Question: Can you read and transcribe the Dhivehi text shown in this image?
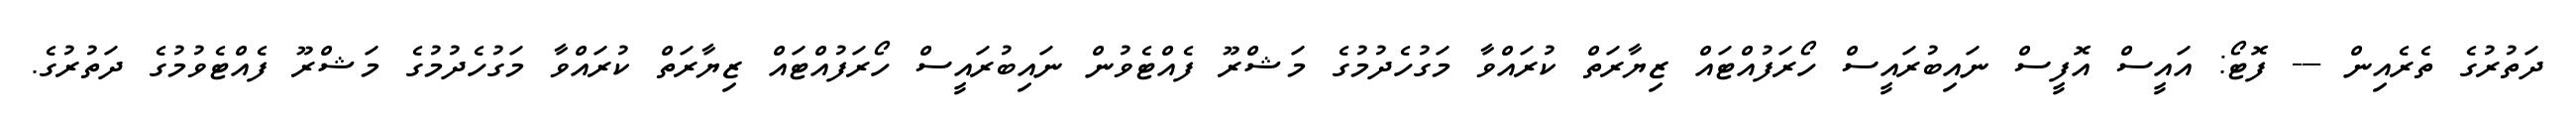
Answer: ދަތުރުގެ ތެރެއިން --- ފޮޓޯ: އައީސް އޮފީސް ނައިބުރައީސް ހޯރަފުއްޓައް ޒިޔާރަތް ކުރައްވާ މަގުހެދުމުގެ މަޝްރޫ ފެއްޓެވުން ނައިބުރައީސް ހޯރަފުއްޓައް ޒިޔާރަތް ކުރައްވާ މަގުހެދުމުގެ މަޝްރޫ ފެއްޓެވުމުގެ ދަތުރުގެ.